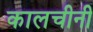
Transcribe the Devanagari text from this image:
कालचीनी